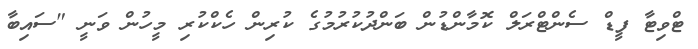
ޓްވިޓާ ފީޑް ސެންޓްރަލް ކޮމާންޑުން ބަންދުކުރުމުގެ ކުރިން ހެކްކުރި މީހުން ވަނީ "ސައިބާ